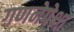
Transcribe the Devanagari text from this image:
गणनेपेक्षा